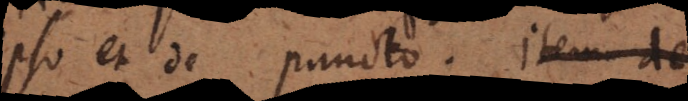
ipso et de puncto. De